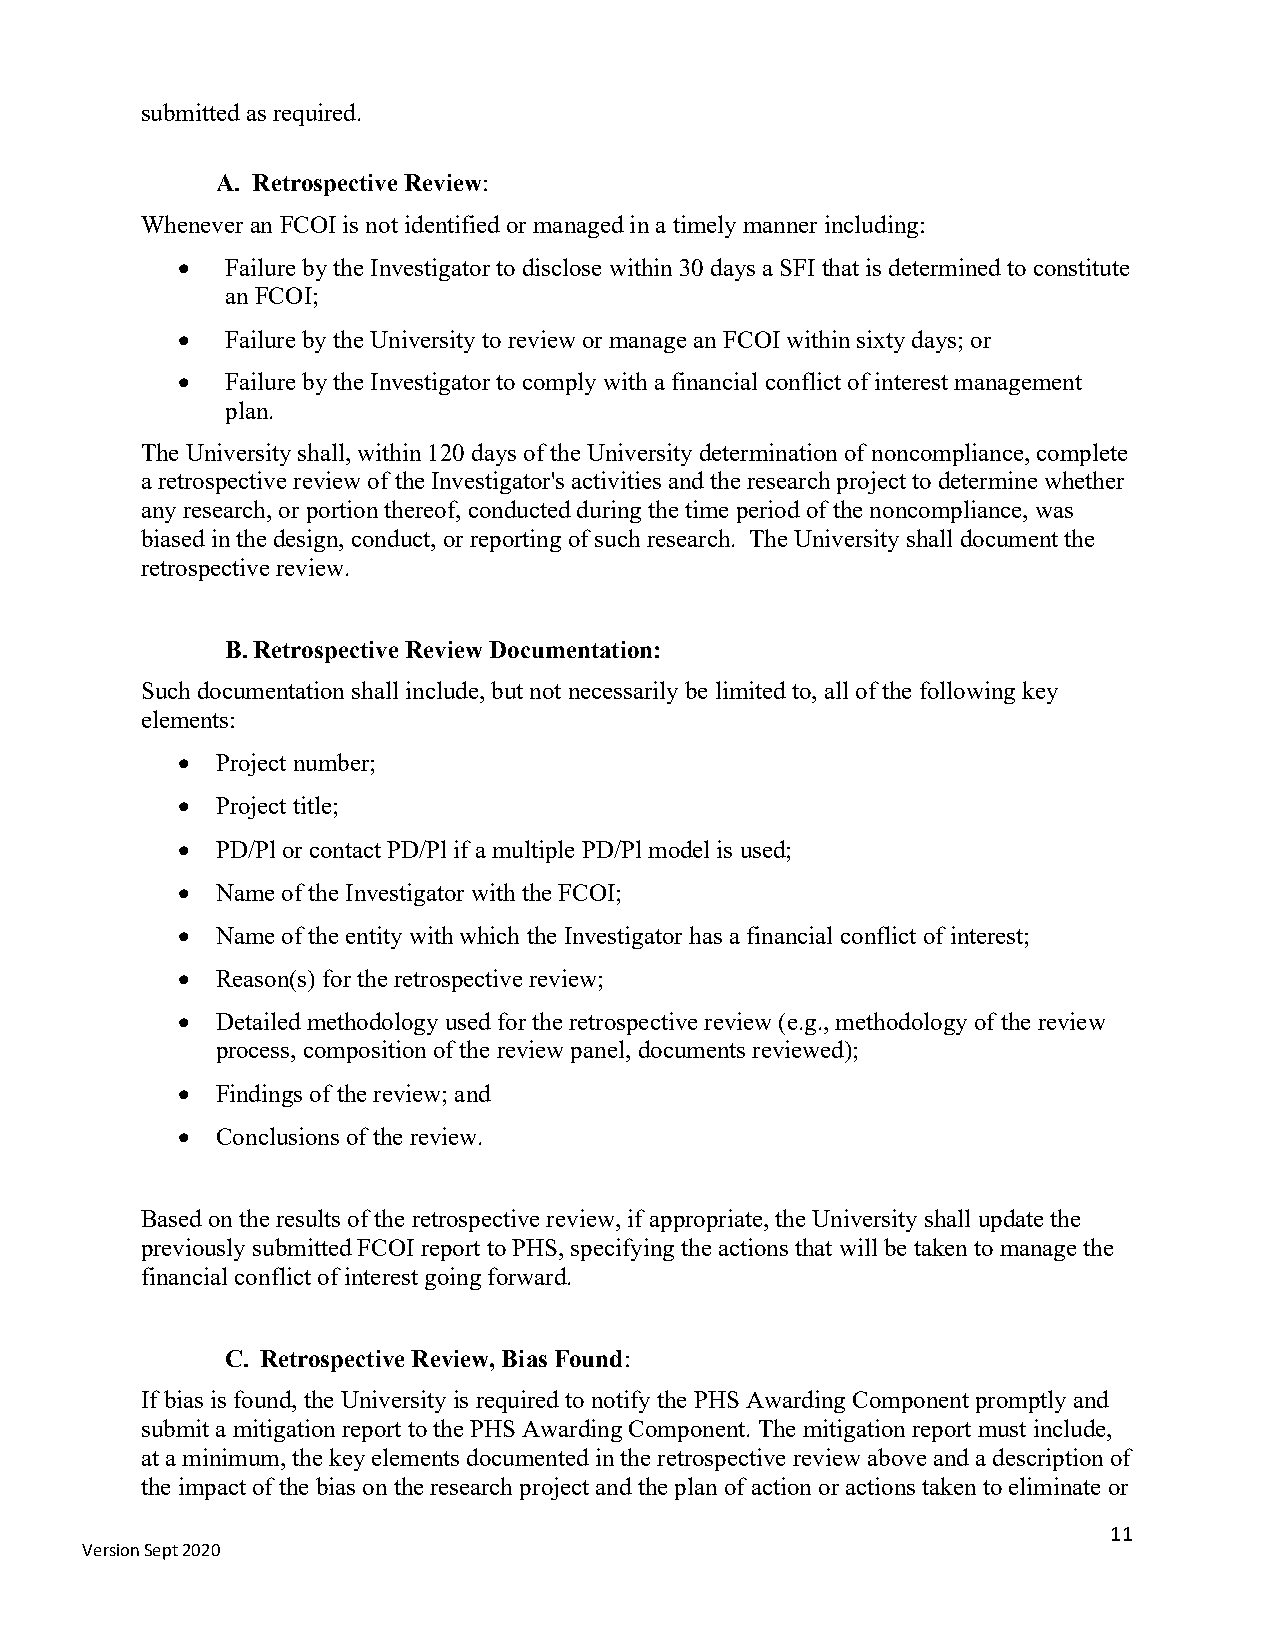
submitted as required.
 A. Retrospective Review:
 Whenever an FCOI is not identified or managed in a timely manner including:
 •  Failure by the Investigator to disclose within 30 days a SFI that is determined to constitute
 an FCOI;
 •  Failure by the University to review or manage an FCOI within sixty days; or
 •  Failure by the Investigator to comply with a financial conflict of interest management
 plan.
 The University shall, within 120 days of the University determination of noncompliance, complete
 a retrospective review of the Investigator's activities and the research project to determine whether
 any research, or portion thereof, conducted during the time period of the noncompliance, was
 biased in the design, conduct, or reporting of such research. The University shall document the
 retrospective review.
 B. Retrospective Review Documentation:
 Such documentation shall include, but not necessarily be limited to, all of the following key
 elements:
 • Project number;
 • Project title;
 • PD/Pl or contact PD/Pl if a multiple PD/Pl model is used;
 • Name of the Investigator with the FCOI;
 • Name of the entity with which the Investigator has a financial conflict of interest;
 • Reason(s) for the retrospective review;
 • Detailed methodology used for the retrospective review (e.g., methodology of the review
 process, composition of the review panel, documents reviewed);
 • Findings of the review; and
 • Conclusions of the review.
 Based on the results of the retrospective review, if appropriate, the University shall update the
 previously submitted FCOI report to PHS, specifying the actions that will be taken to manage the
 financial conflict of interest going forward.
 C. Retrospective Review, Bias Found:
 If bias is found, the University is required to notify the PHS Awarding Component promptly and
 submit a mitigation report to the PHS Awarding Component. The mitigation report must include,
 at a minimum, the key elements documented in the retrospective review above and a description of
 the impact of the bias on the research project and the plan of action or actions taken to eliminate or
 11
 Version Sept 2020